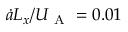
\dot { a } L _ { x } / U _ { \mathrm { ~ A ~ } } = 0 . 0 1